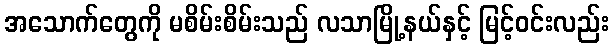
အသောက်တွေကို မစိမ်းစိမ်းသည် လသာမြို့နယ်နှင့် မြင့်ဝင်းလည်း